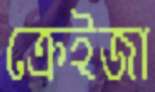
ক্রেইজা